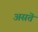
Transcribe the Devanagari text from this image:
असतॆ